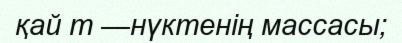
қай m —нүктенiң массасы;